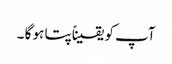
آپ کو یقیناًپتا ہو گا ۔